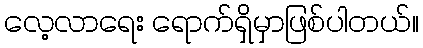
လေ့လာရေး ရောက်ရှိမှာဖြစ်ပါတယ်။